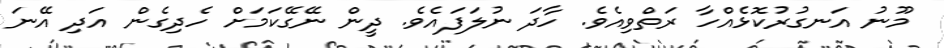
މޫނު އަނގުރުކޮޅެއްހާ ރަތްވިއެވެ. ހާދަ ނުލަފައެވެ. ދީން ނޭގޭކަމަށް ހެދިގެން އަދި އޭނަ